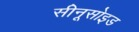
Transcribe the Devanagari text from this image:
सीनूसोइड